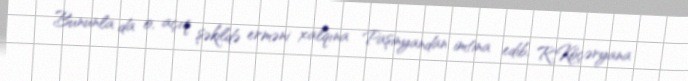
Bununla da o, açıq şəkildə erməni xalqına Paşinyandan imtina edib, R.Köçəryana